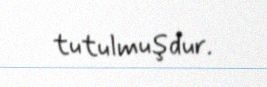
tutulmuşdur.